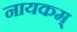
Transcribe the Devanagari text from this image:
नायकम्‌